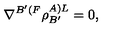
\nabla ^ { B ^ { \prime } ( F } \rho _ { B ^ { \prime } } ^ { A ) L } = 0 ,